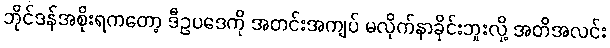
ဘိုင်ဒန်အစိုးရကတော့ ဒီဥပဒေကို အတင်းအကျပ် မလိုက်နာခိုင်းဘူးလို့ အတိအလင်း